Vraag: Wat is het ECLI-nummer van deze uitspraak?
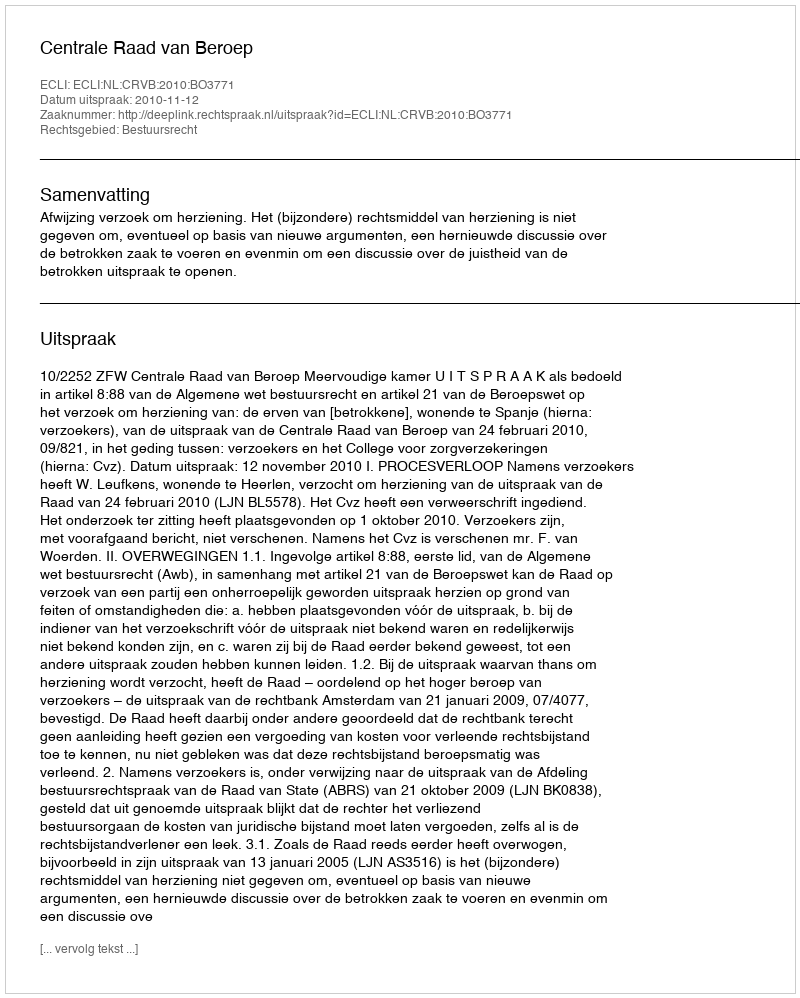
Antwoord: ECLI:NL:CRVB:2010:BO3771